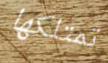
تمتلكها